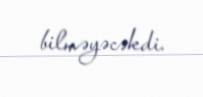
bilməyəcəkdi.